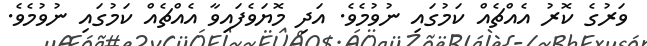
ވަރުގެ ކޮރު އެއްޗެއް ކަމުގައި ނުވުމެވެ. އަދި މޮޔަވެފައިވާ އެއްޗެއް ކަމުގައި ނުވުމެވެ.